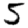
Digit: 5